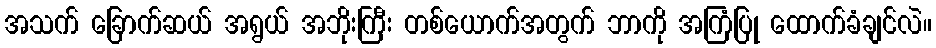
အသက် ခြောက်ဆယ် အရွယ် အဘိုးကြီး တစ်ယောက်အတွက် ဘာကို အကြံပြု ထောက်ခံချင်လဲ။